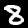
Digit: 8